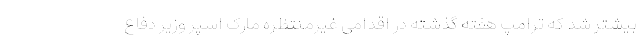
بیشتر شد که ترامپ هفته گذشته در اقدامی غیرمنتظره مارک اسپر وزیر دفاع